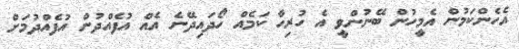
އެހެންކަމުން އެމީހުން ބޭނުންވީ އެ ހުރިހާ ކަމެއް ހޯދައިދޭނެ އެއް އުފެއްދުން އުފެއްދުމަށް